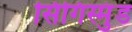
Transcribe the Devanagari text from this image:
सिगिस्मुंड